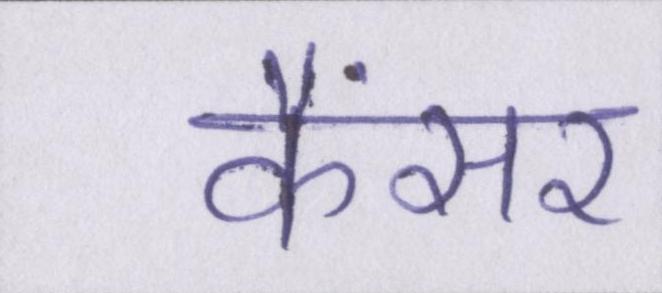
कैंसर